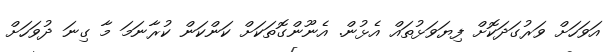
އަވަހަށް ވަރުގަދަކޮށް ފިޔަވަޅުތައް އެޅުން. އެނޫންގޮތަކަށް ކަންކަން ކުރާނަމަ މާ ގިނަ ދުވަހަށް